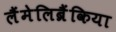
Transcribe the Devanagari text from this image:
लैंमेलिब्रैंकिया